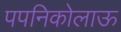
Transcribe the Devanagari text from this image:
पपनिकोलाऊ